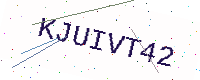
Text: KJUIVT42